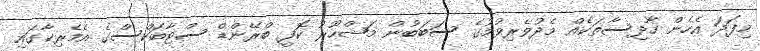
މިފަދަ އެހެން ހާދިސާތަކެއް މެދުވެރިވުމުގެ ސަބަބުން މަޝްހޫރު ކޮފީ ބްރޭންޑް ސްޓާބަކްސްގެ އެމެރިކާގައި